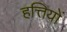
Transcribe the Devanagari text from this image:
हत्तियों